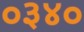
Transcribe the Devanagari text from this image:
०३४०